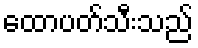
ထောပတ်သီးသည်